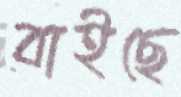
বাইছে